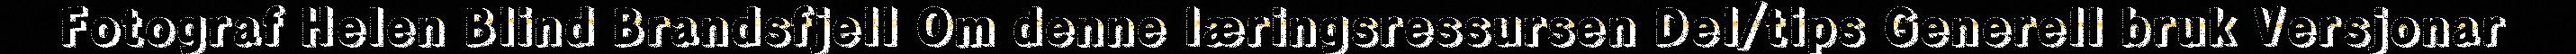
Fotograf Helen Blind Brandsfjell Om denne læringsressursen Del/tips Generell bruk Versjonar